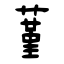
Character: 蓳